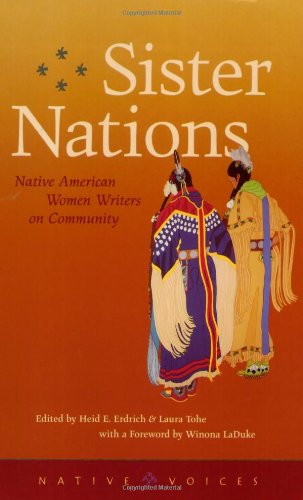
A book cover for Sister Nations: Native American Women Writers On Community (Native Voices); Literature & Fiction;